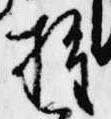
推